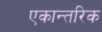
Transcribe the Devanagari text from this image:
एकान्तरिक